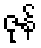
ဇုန်